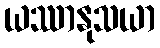
ယဿာနုသယာ